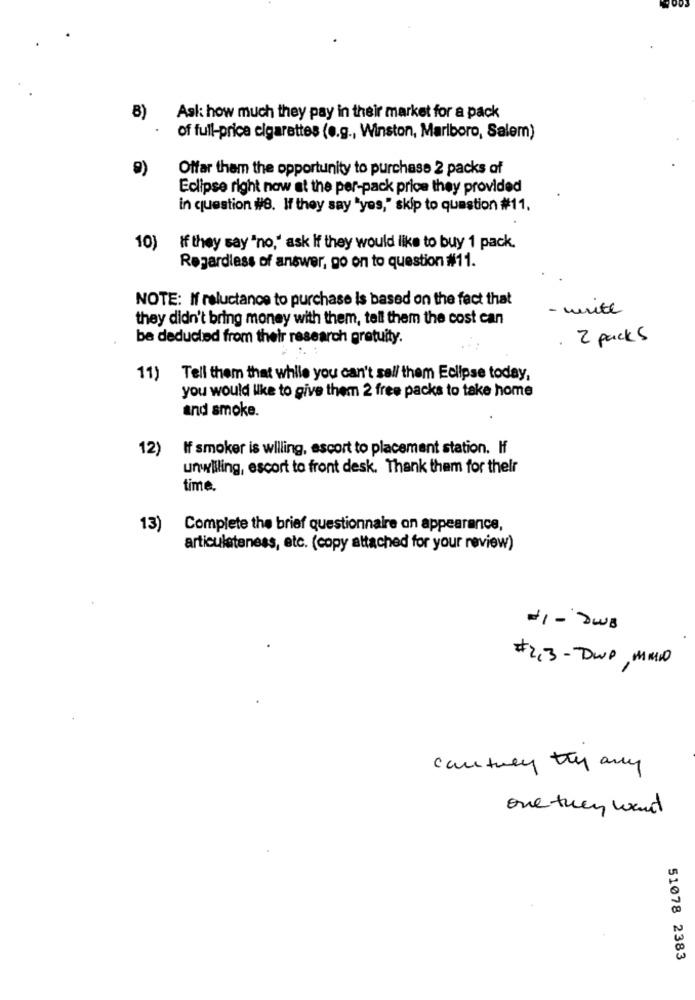
8)
Ask how much they pay in their market for a pack
of full-price cigarettes (e.g ., Winston, Marlboro, Salem)
9)
Offar them the opportunity to purchase 2 packs of
Eclipse right now at the per-pack price they provided
in question #8. If they say "yes," skip to question #11,
10)
If they say "no,' ask if they would like to buy 1 pack.
Regardless of answer, go on to question #11.
NOTE: If reluctance to purchase is based on the fact that
- mente
they didn't bring money with them, tell them the cost can
be deducted from their research gratuity.
2 packs
11) Tell them that while you can't sell them Eclipse today,
you would like to give them 2 free packs to take home
and smoke.
12)
If smoker is willing, escort to placement station. If
unwilling, escort to front desk. Thank them for their
time.
13)
Complete the brief questionnaire on appearance,
articulateness, etc. (copy attached for your review)
#1- SWB
# 2,3- DWP, MM10
cantuly thy any
one they want
51078 2383